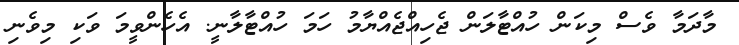
މާދަމާ ވެސް މިކަން ހުއްޓާލަން ޖެހިއްޖެއްޔާމު ހަމަ ހުއްޓާލާނީ. އެހެންވީމަ ވަކި މިވެނި